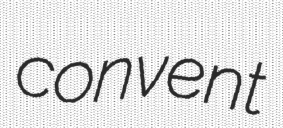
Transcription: convent